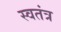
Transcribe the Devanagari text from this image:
स्वतंत्र